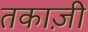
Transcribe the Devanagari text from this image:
तकाज़ी